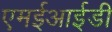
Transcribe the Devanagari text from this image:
एमईआईडी